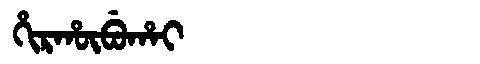
Manchu: ᡥᡳᡵᡥᡡᠪᡠᡥᠠᡳ
Romanization: HIRHŪBUHAI